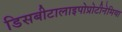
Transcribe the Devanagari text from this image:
डिसबीटालाइपोप्रोटीनेमिया